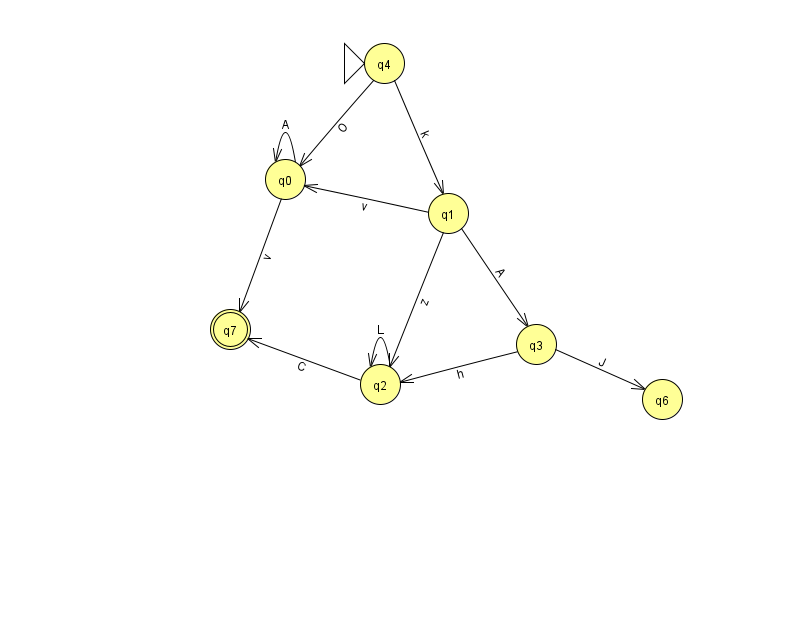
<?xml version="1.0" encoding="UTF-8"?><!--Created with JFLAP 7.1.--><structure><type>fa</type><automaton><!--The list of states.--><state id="0" name="q0"><x>285.0</x><y>166.0</y></state><state id="1" name="q1"><x>448.0</x><y>200.0</y></state><state id="2" name="q2"><x>380.0</x><y>371.0</y></state><state id="3" name="q3"><x>536.0</x><y>331.0</y></state><state id="4" name="q4"><x>384.0</x><y>50.0</y><initial/></state><state id="6" name="q6"><x>662.0</x><y>386.0</y></state><state id="7" name="q7"><x>230.0</x><y>316.0</y><final/></state><!--The list of transitions.--><transition><from>0</from><to>0</to><read>A</read></transition><transition><from>1</from><to>2</to><read>z</read></transition><transition><from>4</from><to>1</to><read>k</read></transition><transition><from>0</from><to>7</to><read>v</read></transition><transition><from>2</from><to>7</to><read>C</read></transition><transition><from>3</from><to>6</to><read>J</read></transition><transition><from>2</from><to>2</to><read>L</read></transition><transition><from>3</from><to>2</to><read>h</read></transition><transition><from>1</from><to>0</to><read>v</read></transition><transition><from>4</from><to>0</to><read>O</read></transition><transition><from>1</from><to>3</to><read>A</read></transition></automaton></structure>